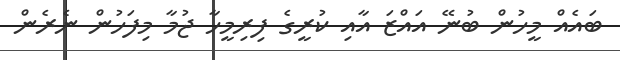
ބައެއް މީހުން ބުނޭ އައްޒަ އާއި ކުރީގެ ފިރިމީހާ ޖުމާ މިފަހުން ނެރެން